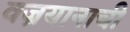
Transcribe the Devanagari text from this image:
वज्रयानाची